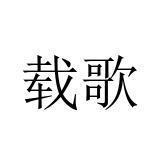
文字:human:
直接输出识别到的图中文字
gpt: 载歌